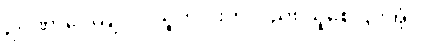
ဥဂ္ဂဏှာပေယျ ဝါ၊ သူတပါးကိုလည်း ယူစေငြားအံ့။